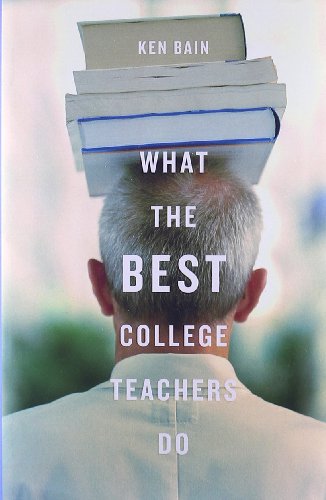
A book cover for What the Best College Teachers Do; Ken Bain; Business & Money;